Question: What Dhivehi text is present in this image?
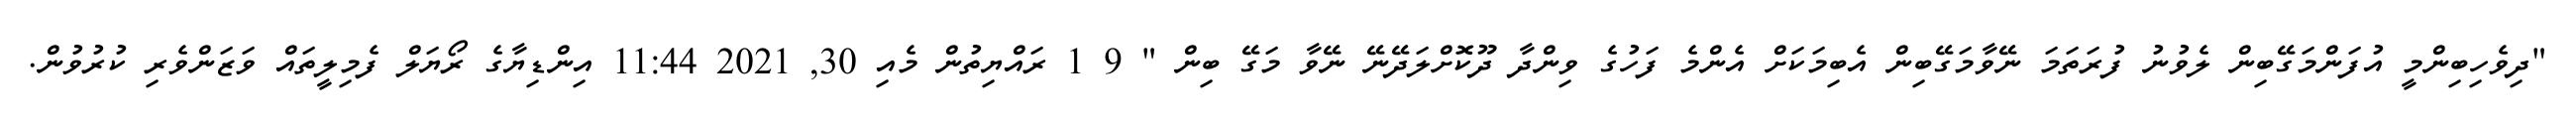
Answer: "ދިވެހިބިންމީ އުފަންމަގޭބިން ލެވުނު ފުރަތަމަ ނޭވާމަގޭބިން އެބިމަކަށް އެންމެ ފަހުގެ ވިންދާ ދޫކޮށްލަދޭނޭ ނޭވާ މަގޭ ބިން " 9 1 ރައްޔިތުން މެއި 30, 2021 11:44 އިންޑިޔާގެ ރޯޔަލް ފެމިލީތައް ވަޒަންވެރި ކުރުވުން.